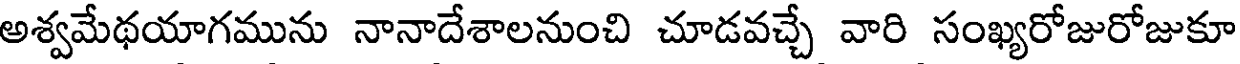
అశ్వమేథయాగమును నానాదేశాలనుంచి చూడవచ్చే వారి సంఖ్యరోజురోజుకూ